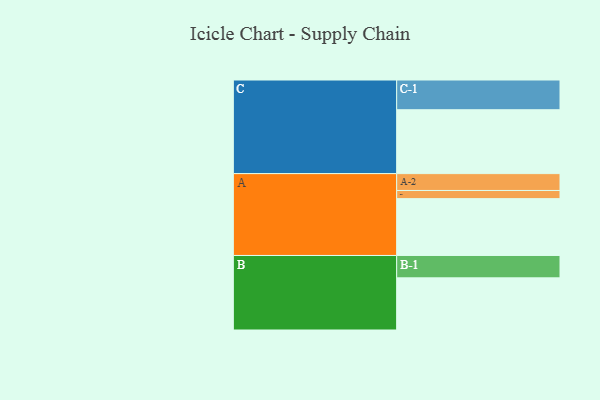
{"axis": {"x": "Segment", "y": "Value"}, "legend": ["", "A", "B", "C"], "data": [{"x": "A", "y": 411, "type": ""}, {"x": "B", "y": 377, "type": ""}, {"x": "C", "y": 462, "type": ""}, {"x": "A-1", "y": 59, "type": "A"}, {"x": "A-2", "y": 122, "type": "A"}, {"x": "B-1", "y": 162, "type": "B"}, {"x": "C-1", "y": 215, "type": "C"}]}